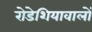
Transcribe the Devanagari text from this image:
रोडेशियावालों